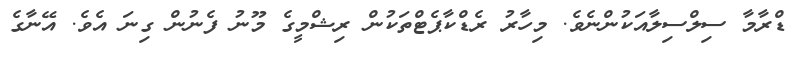
ޑްރާމާ ސިލްސިލާއަކުންނެވެ. މިހާރު ރެޑްކާޕެޓްތަކުން ރިޝްމީގެ މޫނު ފެނުން ގިނަ އެވެ. އޭނާގެ